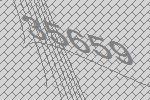
35659